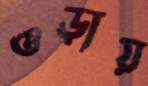
ওড়ায়